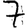
Digit: 7